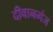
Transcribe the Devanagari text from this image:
दीवानगंज